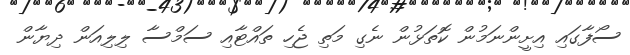
ސޯފާގައި އިށީންނަމުން ކޮތަޅުން ނެގި މަތި ޖެހި ތައްޓާއި ސަމްސާ ލިލިއަން ދިޔާން